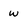
Character: W